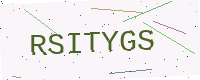
Text: RSITYGS